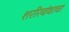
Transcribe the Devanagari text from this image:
शरीरबंधाचा